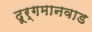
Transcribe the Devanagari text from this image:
दूर्गमानवाड